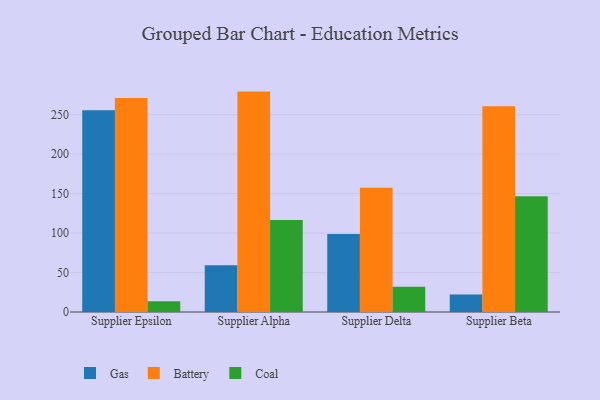
{"axis": {"x": "Supplier", "y": "Revenue (USD Million)"}, "legend": ["Battery", "Coal", "Gas"], "data": [{"x": "Supplier Epsilon", "y": 255.7, "type": "Gas"}, {"x": "Supplier Epsilon", "y": 271.1, "type": "Battery"}, {"x": "Supplier Epsilon", "y": 13.7, "type": "Coal"}, {"x": "Supplier Alpha", "y": 59.2, "type": "Gas"}, {"x": "Supplier Alpha", "y": 279.3, "type": "Battery"}, {"x": "Supplier Alpha", "y": 116.7, "type": "Coal"}, {"x": "Supplier Delta", "y": 98.9, "type": "Gas"}, {"x": "Supplier Delta", "y": 157.4, "type": "Battery"}, {"x": "Supplier Delta", "y": 32.1, "type": "Coal"}, {"x": "Supplier Beta", "y": 22.1, "type": "Gas"}, {"x": "Supplier Beta", "y": 260.8, "type": "Battery"}, {"x": "Supplier Beta", "y": 146.7, "type": "Coal"}]}